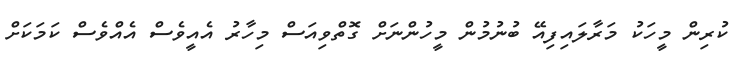
ކުރިން މީހަކު މަރާލައިފިއޭ ބުނުމުން މީހުންނަށް ގޮތްވިއަސް މިހާރު އެއީވެސް އެއްވެސް ކަމަކަށް